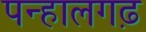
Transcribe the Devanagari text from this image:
पन्हालगढ़